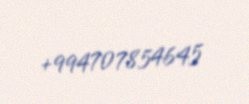
+994707854645